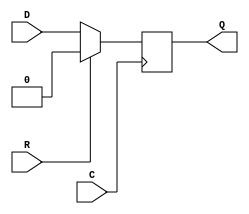

`timescale  1 ps / 1 ps


module FDR (Q, C, D, R);

    parameter INIT = 1'b0;

    output Q;

    input  C, D, R;

    wire Q;
    reg q_out;

    initial q_out = INIT;

    assign Q = q_out;

    always @(posedge C )
         if (R)
	    q_out <=  0;
         else
	    q_out <=  D;

endmodule